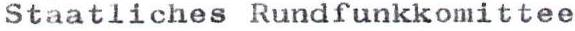
Staatliches Rundfunkkomittee